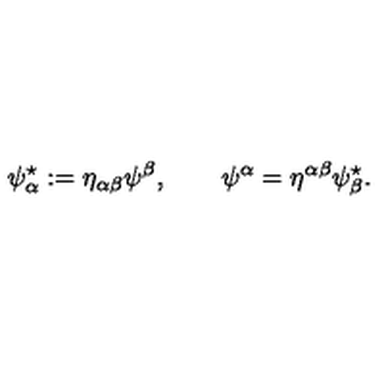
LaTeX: \psi _ { \alpha } ^ { \star } : = \eta _ { \alpha \beta } \psi ^ { \beta } , \qquad \psi ^ { \alpha } = \eta ^ { \alpha \beta } \psi _ { \beta } ^ { \star } .